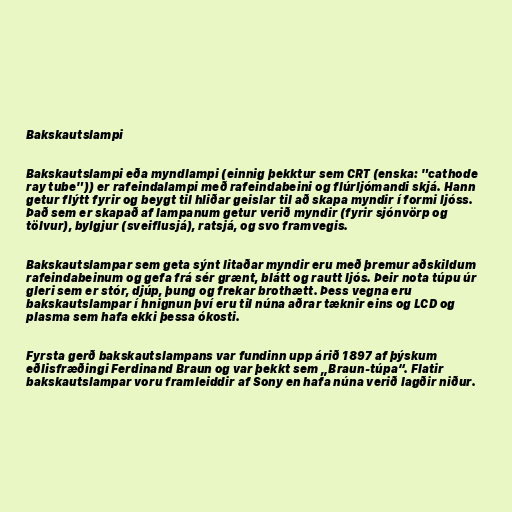
Bakskautslampi

Bakskautslampi eða myndlampi (einnig þekktur sem CRT (enska: "cathode
ray tube")) er rafeindalampi með rafeindabeini og flúrljómandi skjá. Hann
getur flýtt fyrir og beygt til hliðar geislar til að skapa myndir í formi ljóss.
Það sem er skapað af lampanum getur verið myndir (fyrir sjónvörp og
tölvur), bylgjur (sveiflusjá), ratsjá, og svo framvegis.

Bakskautslampar sem geta sýnt litaðar myndir eru með þremur aðskildum
rafeindabeinum og gefa frá sér grænt, blátt og rautt ljós. Þeir nota túpu úr
gleri sem er stór, djúp, þung og frekar brothætt. Þess vegna eru
bakskautslampar í hnignun því eru til núna aðrar tæknir eins og LCD og
plasma sem hafa ekki þessa ókosti.

Fyrsta gerð bakskautslampans var fundinn upp árið 1897 af þýskum
eðlisfræðingi Ferdinand Braun og var þekkt sem „Braun-túpa“. Flatir
bakskautslampar voru framleiddir af Sony en hafa núna verið lagðir niður.